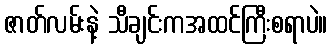
ဇာတ်လမ်းနဲ့ သီချင်းကအထင်ကြီးစရာပဲ။